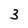
Character: 3